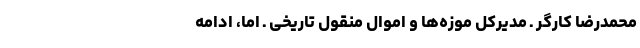
محمدرضا کارگر ـ مدیرکل موزه‌ها و اموال منقول تاریخی ـ اما، ادامه